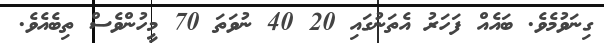
ގިނަވުމެވެ. ބައެއް ފަހަރު އެތަނުގައި 20 40 ނުވަަތަ 70 މީހުންވެސް ތިބެއެވެ.